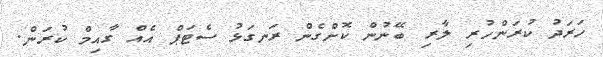
ހަރަދު ކުރަންހުރި ލާރި ބޭނުން ކޮށްގެން ރަނގަޅު ސެޓަޕް އެއް ގާއިމް ކުރަން.